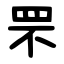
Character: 罘